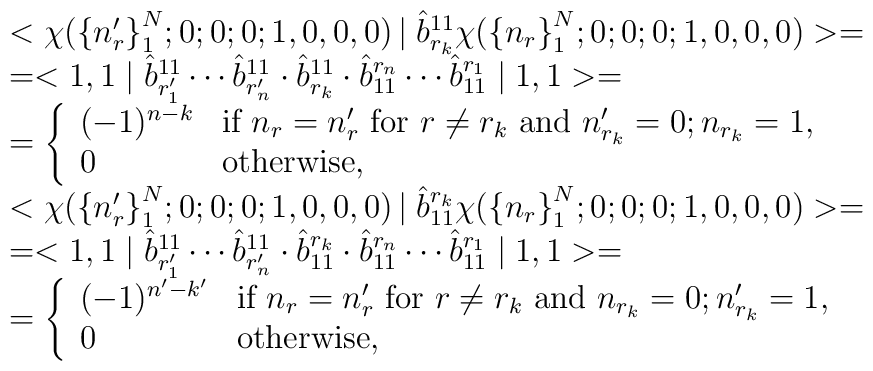
\begin{array}{l}<\chi({\{n'_{r}\}}^{N}_{1};0;0;0;1,0,0,0)\left|   \right.\hat{b}^{11}_{r_{k}}\chi({\{n_{r}\}}^{N}_{1};0;0;0;1,0,0,0)>=\\=<1,1\mid \hat{b}^{11}_{r'_{1}}\cdots\hat{b}^{11}_{r'_{n}}\cdot\hat{b}^{11}_{r_{k}}\cdot\hat{b}_{11}^{r_{n}}\cdots\hat{b}_{11}^{r_{1}}\mid 1,1>=\\= \left\{ \begin{array}{ll}(-1)^{n-k}  & \mbox{if $n_{r}=n'_{r}$ for $r\neq r_{k}$ and $n'_{r_{k}}=0;n_{r_{k}}=1$}, \\0           & \mbox{otherwise},\end{array}  \right.   \\<\chi({\{n'_{r}\}}^{N}_{1};0;0;0;1,0,0,0)\left|   \right.\hat{b}_{11}^{r_{k}}\chi({\{n_{r}\}}^{N}_{1};0;0;0;1,0,0,0)>=\\=<1,1\mid \hat{b}^{11}_{r'_{1}}\cdots\hat{b}^{11}_{r'_{n}}\cdot\hat{b}_{11}^{r_{k}}\cdot\hat{b}_{11}^{r_{n}}\cdots\hat{b}_{11}^{r_{1}}\mid 1,1>=\\= \left\{ \begin{array}{ll}(-1)^{n'-k'}  & \mbox{if $n_{r}=n'_{r}$ for $r\neq r_{k}$ and $n_{r_{k}}=0;n'_{r_{k}}=1$}, \\0           & \mbox{otherwise},\end{array} \right.\end{array}